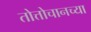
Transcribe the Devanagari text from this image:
तोत्तोचानच्या